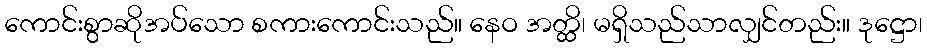
ကောင်းစွာဆိုအပ်သော စကားကောင်းသည်။ နေဝ အတ္ထိ၊ မရှိသည်သာလျှင်တည်း။ ဒုဋ္ဌော၊